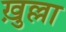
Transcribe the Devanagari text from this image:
ख़ुल्ला